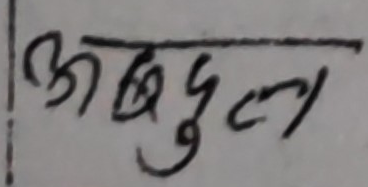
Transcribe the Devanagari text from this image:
अब्दुल